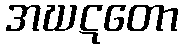
အဃဋတော